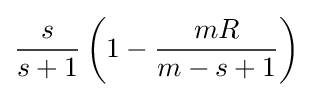
{\frac {s}{s+1}}\left(1-{\frac {mR}{m-s+1}}\right)